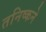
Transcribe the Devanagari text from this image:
तनिष्कने